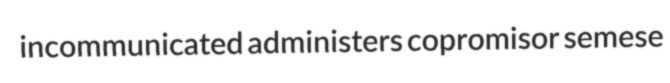
incommunicated administers copromisor semese